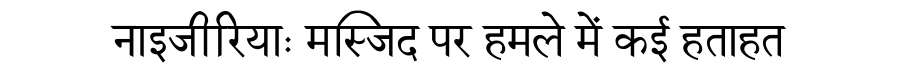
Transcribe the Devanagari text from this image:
नाइजीरियाः मस्जिद पर हमले में कई हताहत